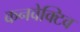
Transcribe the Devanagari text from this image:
कनवेक्टिव